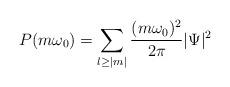
LaTeX: \begin{align*}P(m\omega_0)=\sum_{l \geq |m|} \frac{(m\omega_0)^2}{2\pi}|\Psi|^2\,\end{align*}